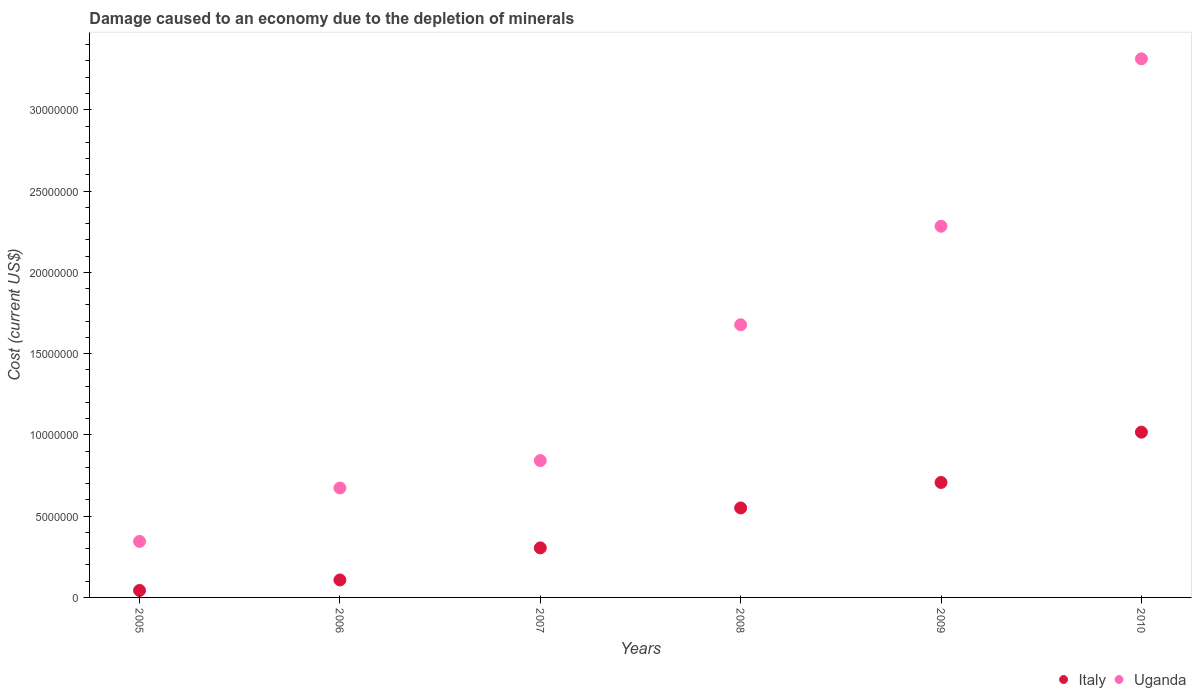
| Years | Italy | Uganda |
 | --- | --- | --- |
 | 2005 | 4.31e+05 | 3.45e+06 |
 | 2006 | 1.07e+06 | 6.73e+06 |
 | 2007 | 3.05e+06 | 8.42e+06 |
 | 2008 | 5.5e+06 | 1.68e+07 |
 | 2009 | 7.07e+06 | 2.28e+07 |
 | 2010 | 1.02e+07 | 3.31e+07 |